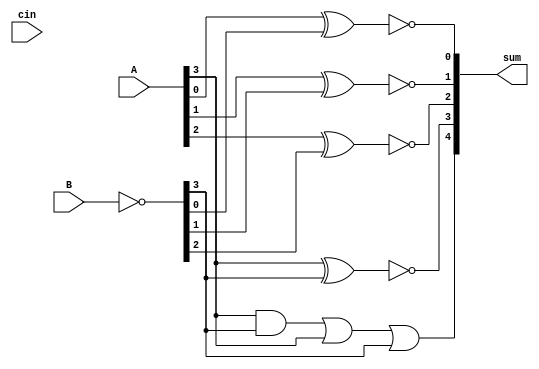
module add4function(A,B,cin,sum);
input [3:0] A;
  input [3:0] B;
  input        cin;
  output [4:0] sum;
  //output cout;
  reg   [4:0] sum;
 integer i;
  //reg           cout;
function [4:0] add4;
  input [3:0] A;
  input [3:0] B;
  input        cin;
  reg   [4:0] sum;
  reg           cout;
  begin
   
        for (i=0; i<=3; i=i+1)
    begin
        cout = (A[i] & B[i]) | (A[i] & cin) | (B[i] & cin);
        sum[i] = A[i]  ^ B[i] ^ cin;
        cin = cout;
  end
   sum[4] = cout;
   add4 = sum;
  end
endfunction

always @(A,B,cin)
begin
sum<=add4(A,~B,1'b1);
end
endmodule